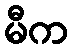
မီက